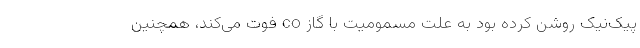
پیک‌نیک روشن کرده بود به علت مسمومیت با گاز co فوت می‌کند، همچنین